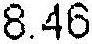
8.46